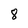
Character: 8